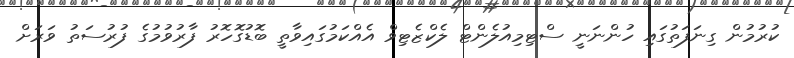
ކުރުމުން ގިނަފަތުގައި ހުންނަނީ ސްޓިމިއުލެންޓް ލެކްޒެޓިވް އެއްކަމުގައިވާތީ ބޮޑުގޮހޮރު ފާރުވުމުގެ ފުރުސަތު ވަރަށް